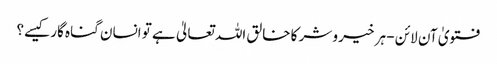
فتویٰ آن لائن - ہر خیر و شر کا خالق اللہ تعالیٰ ہے تو انسان گناہ گار کیسے؟